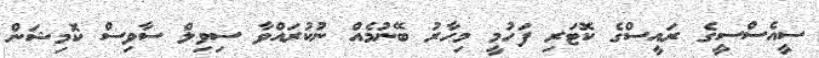
ސީއެސްސީގެ ރައީސްގެ ކޮޓަރި ފަހުމީ މިހާރު ބޭނުމެއް ނުކުރައްވާ ސިވިލް ސާވިސް ކޮމިޝަން